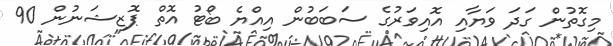
މިގޮތުން ގަދަ ވަޔާއި އޮއިވަރުގެ ސަބަބުން އިއްޔެ ބޯޓު އޮތް ޕޮޒިޝަނުން 90